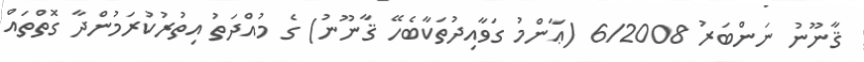
ޤާނޫނު ނަންބަރު 6/2008 (ޢާންމު ގަވާއިދުތަކާބެހޭ ޤާނޫނު) ގެ މުއްދަތު އިތުރުކުރަމުންދާ ގޮތްތައް